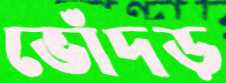
ভোঁদড়